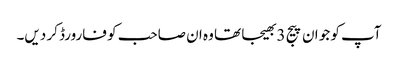
آپ کو جو ان پیج 3 بھیجا تھا وہ ان صاحب کو فارورڈ کر دیں۔